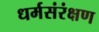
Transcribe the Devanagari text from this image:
धर्मसंरंक्षण